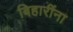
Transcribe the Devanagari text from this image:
बिहारींना